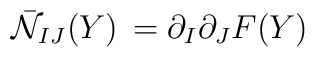
\bar {\cal N}_{IJ}(Y) \, =\partial_{I}\partial_{J} F (Y)